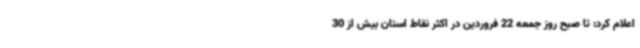
اعلام کرد: تا صبح روز جمعه 22 فروردین در اکثر نقاط استان بیش از 30